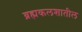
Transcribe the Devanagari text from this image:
ब्रह्मकलशातील